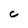
Character: c